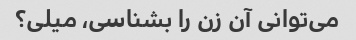
می‌توانی آن زن را بشناسی، میلی؟